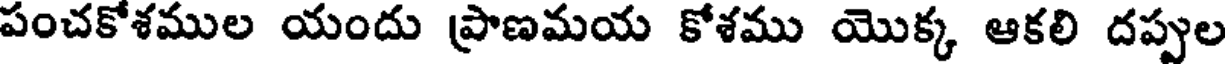
పంచకోశముల యందు ప్రాణమయ కోశము యొక్క ఆకలి దప్పుల